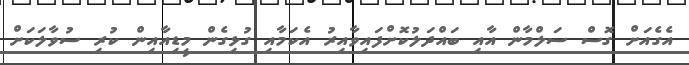
އެގެއަށް ގޮސް ސަލްމާން އާއި ބައްދަލުކޮށްފައިވާއިރު އެކަމާއި ގުޅިގެން މީޑިއާއިން ކުރި ސުވާލަކަށް